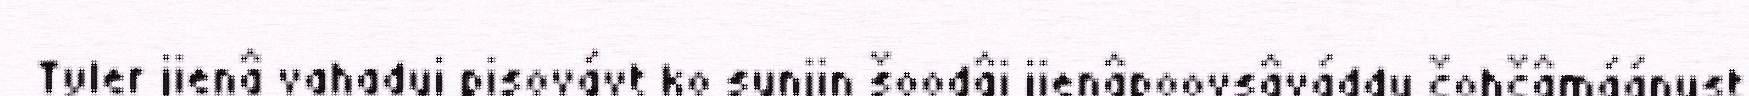
Tyler jienâ vahadui pisovávt ko sunjin šoodâi jienâpoovsâváddu čohčâmáánust